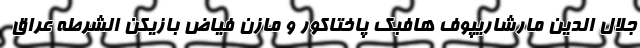
جلال الدین مارشاریپوف هافبک پاختاکور و مازن فیاض بازیکن الشرطه عراق